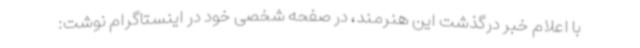
با اعلام خبر درگذشت این هنرمند، در صفحه شخصی خود در اینستاگرام نوشت: